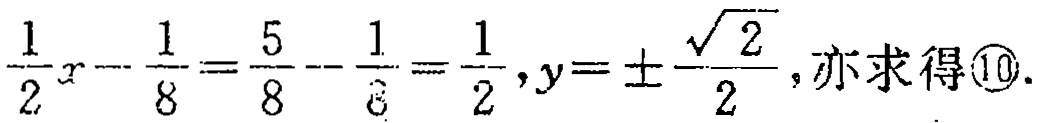
\(\frac{1}{2}x - \frac{1}{8} = \frac{5}{8} - \frac{1}{8} = \frac{1}{2},y = \pm\frac{\sqrt{2}}{2},\)亦求得\textcircled{10}.